Leaving Certificate Examination, 1914
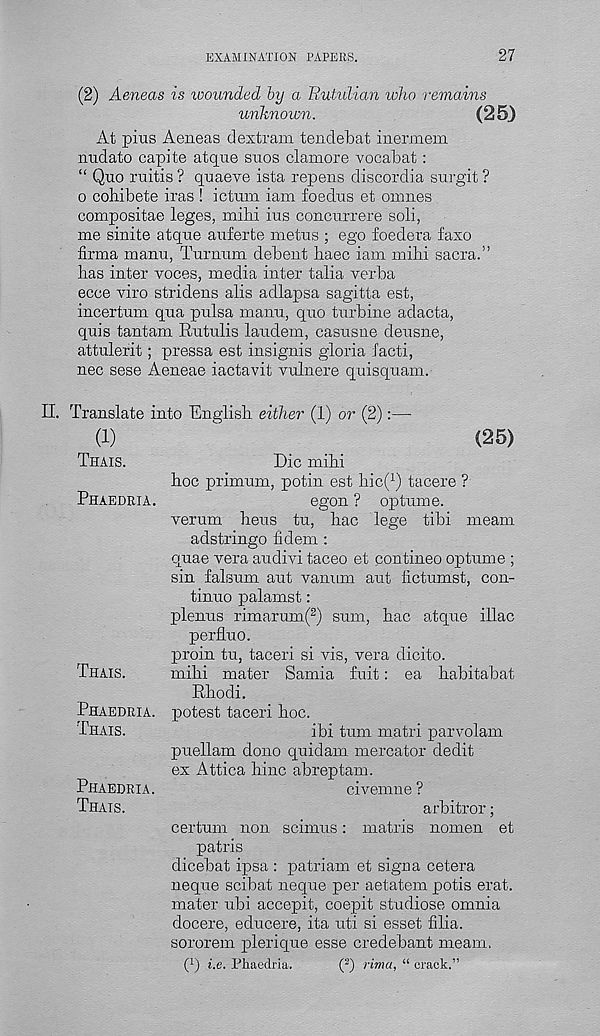
EXAMINATION PAPERS.
27
(2) Aeneas is ivounded by a Rutulian who remains
unknown.
(25)
At plus Aeneas dextram tendebat inermem
nudato capite atque sues clamore vocabat:
“ Quo ruitis ? quaeve ista repens discordia surgit ?
o cohibete iras ! ictum iam foedus et omnes
compos!tae leges, mill! ins concnrrere soli,
me sinite atqne auferte metus ; ego foedera faxo
firma manu, Turnum debent haec iam mihi sacra.”
has inter voces, media inter talia verba
ecce viro stridens alis adlapsa sagitta est,
incertum qua pnlsa manu, quo turbine adacta,
quis tantam Rutulis laudem, casusne deusne,
attulerit; pressa est insignis gloria facti,
nec sese Aeneae iactavit vulnere quisquam.
II. Translate into English either (1) or (2)
(1)
(25)
THAIS.
PHAEDRIA.
THAIS.
PHAEDRIA.
THAIS.
PHAEDRIA.
THAIS.
Die mihi
hoc primum, potin est hic( 1 ) tacere ?
egon ? op turn e.
vermn heus tu, hac lege tibi meam
adstringo fidem :
quae vera audivi taceo et contineo optume ;
sin falsum aut vanum aut lictumst, con-
tinue palamst:
plenus rimarum( 2 ) sum, hac atque iliac
perfluo.
proin tu, taceri si vis, vera dicito.
mihi mater Sarnia fuit: ea habitabat
Rhodi.
potest taceri hoc.
ibi turn m.atri parvolam
puellam dono quidam mercator dedit
ex Attica hinc abreptam.
civemne ?
arbitror;
certum non scimus: matris nomen et
patris
dicebat ipsa : patriam et sign a cetera
neque scibat neque per aetatem potis erat.
mater ubi accepit, coepit studiose omnia
docere, educere, ita uti si esset filia.
sororem plerique esse credebant meam.
I 1 ) i.e. Phaedria.
( 2 ) rima, “ crack.”